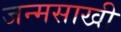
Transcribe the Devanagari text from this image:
जन्मसाखी